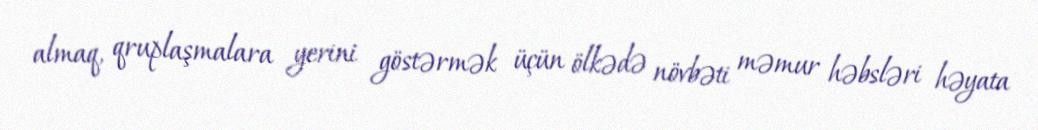
almaq, qruplaşmalara yerini göstərmək üçün ölkədə növbəti məmur həbsləri həyata